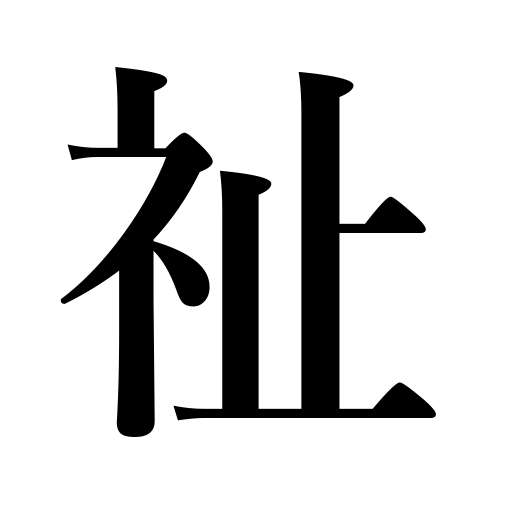
Meanings: happiness